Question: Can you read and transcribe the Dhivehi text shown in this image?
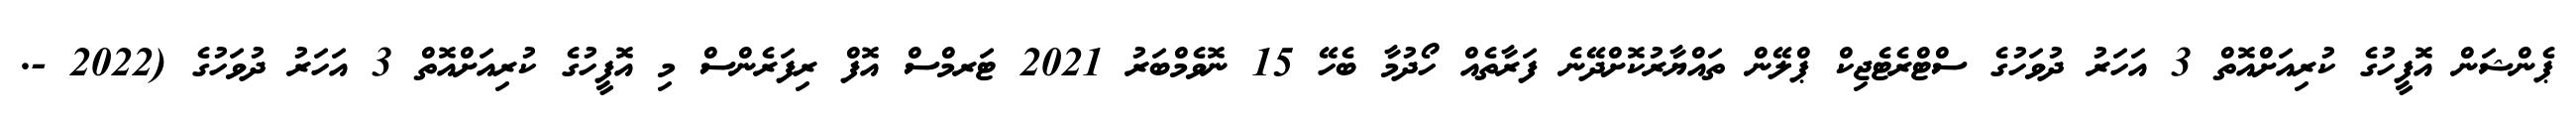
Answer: ޕެންޝަން އޮފީހުގެ ކުރިއަށްއޮތް 3 އަހަރު ދުވަހުގެ ސްޓްރެޓެޖިކް ޕްލޭން ތައްޔާރުކޮށްދޭނެ ފަރާތެއް ހޯދުމާ ބެހޭ 15 ނޮވެމްބަރު 2021 ޓަރމްސް އޮފް ރިފަރެންސް މި އޮފީހުގެ ކުރިއަށްއޮތް 3 އަހަރު ދުވަހުގެ (2022 -.